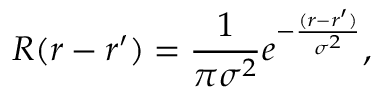
R ( r - r ^ { \prime } ) = \frac { 1 } { \pi \sigma ^ { 2 } } e ^ { - \frac { ( r - r ^ { \prime } ) } { \sigma ^ { 2 } } } ,